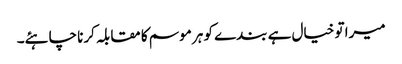
میرا تو خیال ہے بندے کو ہر موسم کا مقابلہ کرنا چاہئے۔